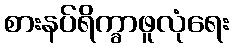
စားနပ်ရိက္ခာဖူလုံရေး